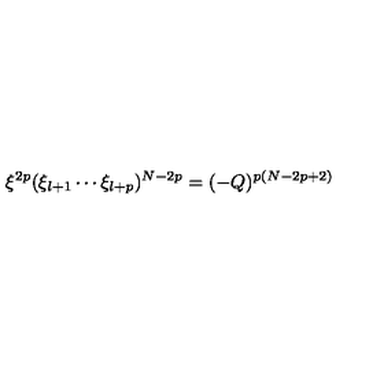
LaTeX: \xi ^ { 2 p } ( \xi _ { l + 1 } \cdots \xi _ { l + p } ) ^ { N - 2 p } = ( - Q ) ^ { p ( N - 2 p + 2 ) }